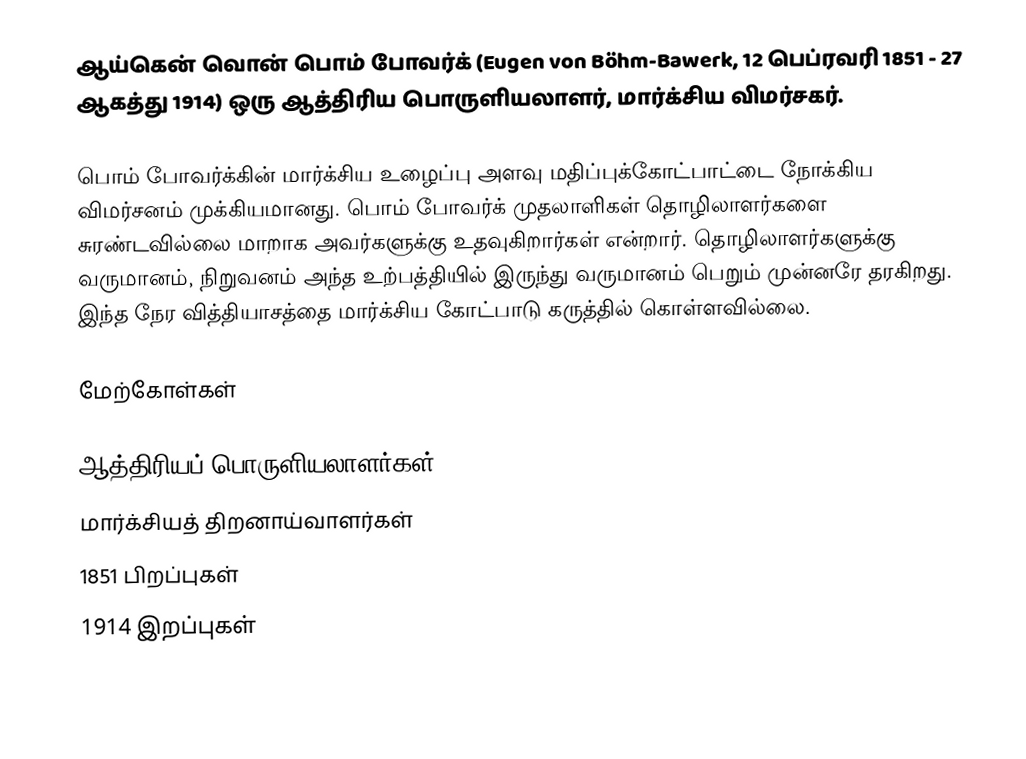
ஆய்கென் வொன் பொம் போவர்க் (Eugen von Böhm-Bawerk, 12 பெப்ரவரி 1851 - 27 ஆகத்து 1914) ஒரு ஆத்திரிய பொருளியலாளர், மார்க்சிய விமர்சகர்.

பொம் போவர்க்கின் மார்க்சிய உழைப்பு அளவு மதிப்புக்கோட்பாட்டை நோக்கிய விமர்சனம் முக்கியமானது.  பொம் போவர்க் முதலாளிகள் தொழிலாளர்களை சுரண்டவில்லை மாறாக அவர்களுக்கு உதவுகிறார்கள் என்றார்.  தொழிலாளர்களுக்கு வருமானம், நிறுவனம் அந்த உற்பத்தியில் இருந்து வருமானம் பெறும் முன்னரே தரகிறது.  இந்த நேர வித்தியாசத்தை மார்க்சிய கோட்பாடு கருத்தில் கொள்ளவில்லை.

மேற்கோள்கள்

ஆத்திரியப் பொருளியலாளர்கள்
மார்க்சியத் திறனாய்வாளர்கள்
1851 பிறப்புகள்
1914 இறப்புகள்